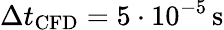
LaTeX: \Delta t_{\mathrm{CFD}}=5\cdot 10^{-5}\, \mathrm{s}